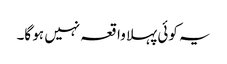
یہ کوئی پہلا واقعہ نہیں ہو گا۔